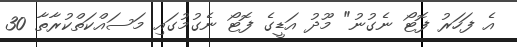
އެ ފަހަރު ފޮޓޯ ނެގުނު" މޫދު އަޑީގެ ފޮޓޯ ނެގުމުގައި މަސައްކަތްކުރާތާ 30